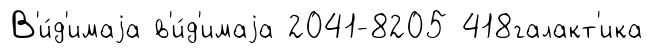
В'и́д'имаjа в'и́д'имаjа 2041-8205 418галакт'ика